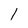
Character: 1